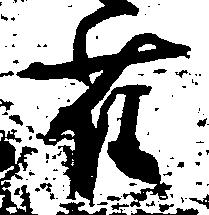
雀